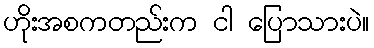
ဟိုးအစကတည်းက ငါ ပြောသားပဲ။